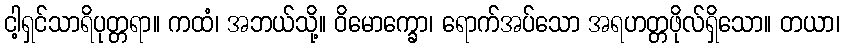
ငါ့ရှင်သာရိပုတ္တရာ။ ကထံ၊ အဘယ်သို့။ ဝိမောက္ခော၊ ရောက်အပ်သော အရဟတ္တဖိုလ်ရှိသော။ တယာ၊